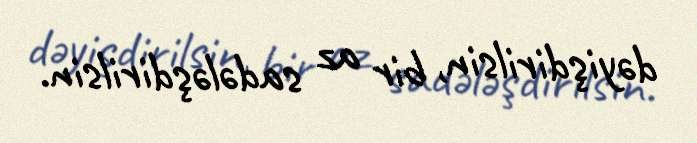
dəyişdirilsin, bir az sadələşdirilsin.